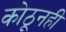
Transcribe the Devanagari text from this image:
कोठूनही